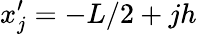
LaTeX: x_{j}^{\prime}=-L/2+jh